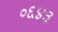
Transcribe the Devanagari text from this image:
०६४३